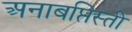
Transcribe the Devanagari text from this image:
अनाबप्तिस्ती